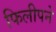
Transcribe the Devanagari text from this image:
फिलीपने